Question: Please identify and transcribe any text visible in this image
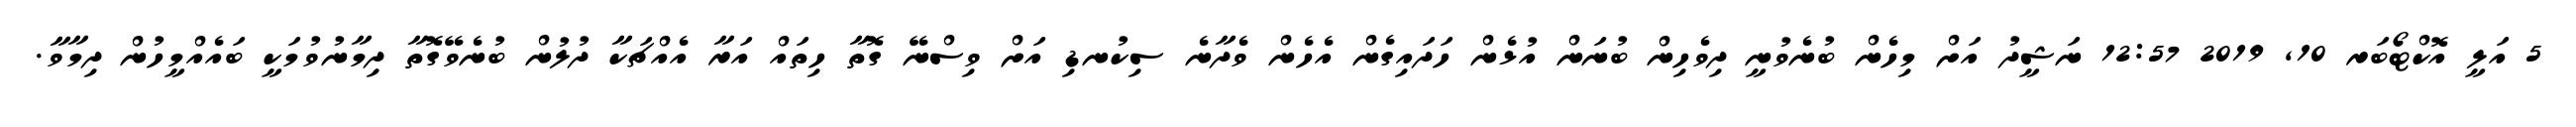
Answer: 5 އަލީ އޮކްޓޯބަރ 10, 2019 12:57 ނަޝީދު އަށް މިހެން ބުނެވުނީ ދިވެހިން ބުނަން އުޅެން ހަދައިގެން އެހެން ވެދާނެ ސިކުނޑި އަށް ވިސްނޭ ގޮތާ ހިތައް އަރާ އެއްޗަކާ ދުލުން ބުނެވޭގޮތާ ދިމާނުވުމަކީ ބައެއްމީހުން ދިމާވާ.